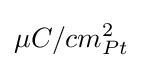
\mu C/cm_{Pt}^{2}